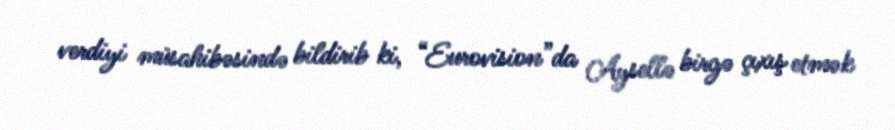
verdiyi müsahibəsində bildirib ki, “Eurovision”da Aysellə birgə çıxış etmək